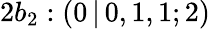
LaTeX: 2b_{2}:(0\, |\, 0,1,1;2)